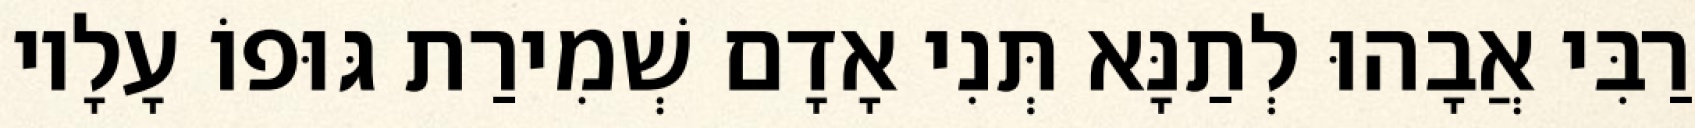
רַבִּי אֲבָהוּ לְתַנָּא תְּנִי אָדָם שְׁמִירַת גּוּפוֹ עָלָיו